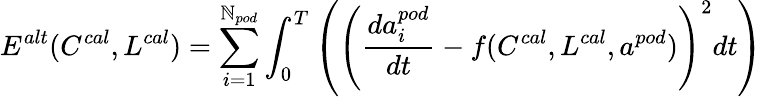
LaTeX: E^{alt}(C^{cal},L^{cal})=\sum_{i=1}^{\mathbb{N}_{pod}}\int_{0}^{T}\left(\left(\frac{{da_{i}^{pod}}}{{dt}}-f(C^{cal},L^{cal},a^{pod})\right)^{2}dt\right)